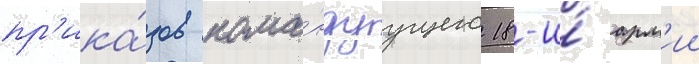
пр'ика́зов кома́ндуущего 18-и́ арм'ии